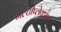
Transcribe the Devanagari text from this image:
मल्टीप्लेक्सड